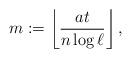
LaTeX: \begin{align*}m:=\left\lfloor\frac{at}{n\log \ell}\right\rfloor,\end{align*}